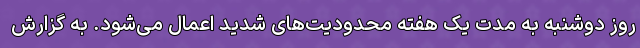
روز دوشنبه به مدت یک هفته محدودیت‌های شدید اعمال می‌شود. به گزارش